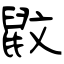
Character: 鼤